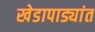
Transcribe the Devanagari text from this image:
खेडापाड्यांत